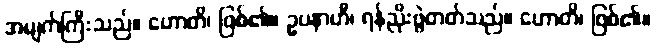
အမျက်ကြီးသည်။ ဟောတိ၊ ဖြစ်၏။ ဥပနာဟီ၊ ရန်ညိုးဖွဲတတ်သည်။ ဟောတိ၊ ဖြစ်၏။